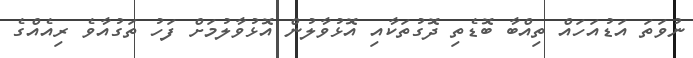
ނުވަތަ އަޑުއަހައް ތިއްބާ ބޮޑެތި ދޮގުތަކާއި އޮޅުވާލުން އޮޅުވާލުމަށް ފަހު ތަގުއާވެ ރިއެއްގެ